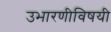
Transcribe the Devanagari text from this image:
उभारणीविषयी